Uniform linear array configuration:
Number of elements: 64
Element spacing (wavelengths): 0.5
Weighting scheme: hamming
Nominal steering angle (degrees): -60
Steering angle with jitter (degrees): -61.591
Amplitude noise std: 0.05
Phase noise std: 0.05

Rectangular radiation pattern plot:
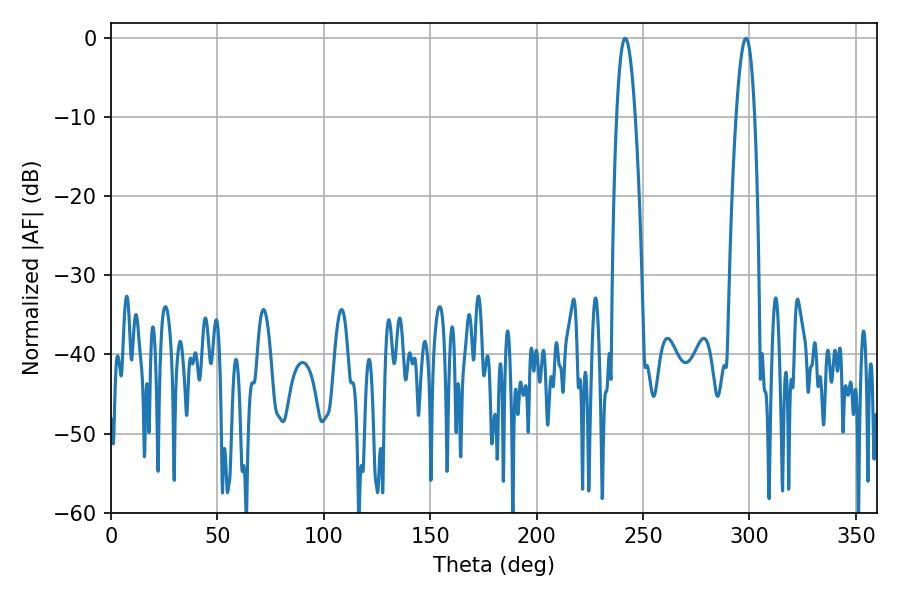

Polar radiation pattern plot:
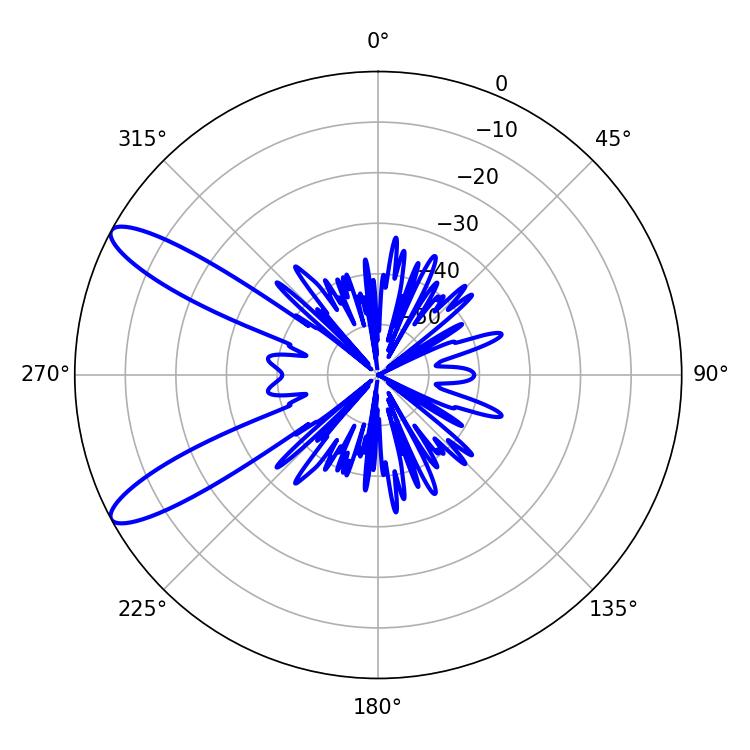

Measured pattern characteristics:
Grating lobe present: FALSE
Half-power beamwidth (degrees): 4.68
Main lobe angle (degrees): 241.56